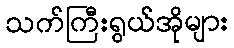
သက်ကြီးရွယ်အိုများ